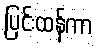
ပြင်းထန်ကာ